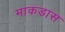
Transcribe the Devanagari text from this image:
माकडास